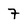
Character: 7